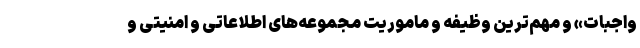
واجبات» و مهم‌ترین وظیفه و ماموریت مجموعه‌های اطلاعاتی و امنیتی و